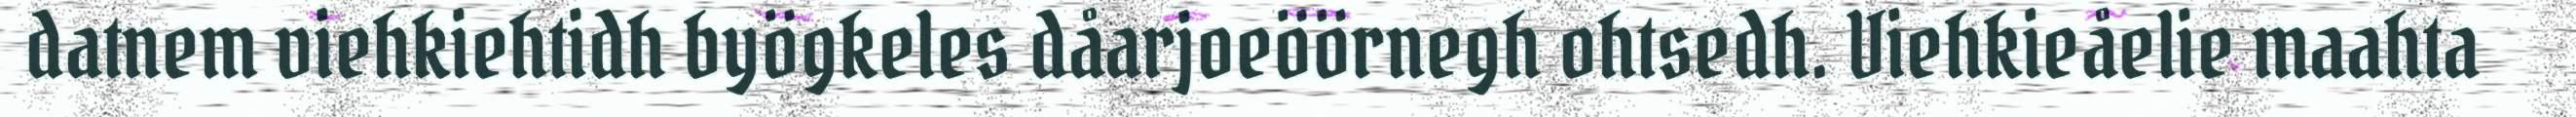
datnem viehkiehtidh byögkeles dåarjoeöörnegh ohtsedh. Viehkieåelie maahta